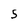
Character: 5